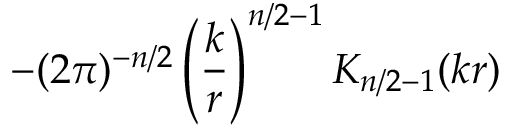
- ( 2 \pi ) ^ { - n / 2 } \left( { \frac { k } { r } } \right) ^ { n / 2 - 1 } K _ { n / 2 - 1 } ( k r )